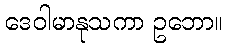
ဒေဝါမာနုသကာ ဥဘော။